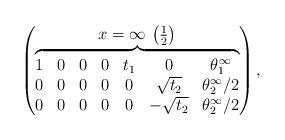
LaTeX: \begin{gather*}\left(\begin{matrix} x=\infty \, \left( \frac12 \right)\\\overbrace{\begin{matrix}1 & 0 & 0 & 0 & t_1 & 0 & \theta^\infty_1\\0 & 0 & 0 & 0 & 0 & \sqrt{t_2} & \theta^\infty_2/2\\0 & 0 & 0 & 0 & 0 & -\sqrt{t_2} & \theta^\infty_2/2 \end{matrix}}\end{matrix}\right) ,\end{gather*}